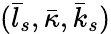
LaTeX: (\bar{l}_{s},\bar{\kappa},\bar{k}_{s})